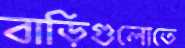
বাড়িগুলোতে